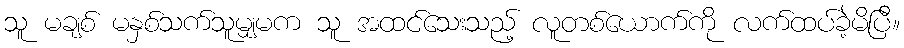
သူ မချစ် မနှစ်သက်သူမျှမက သူ အထင်သေးသည့် လူတစ်ယောက်ကို လက်ထပ်ခဲ့မိပြီ။